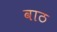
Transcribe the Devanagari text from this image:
वाठ